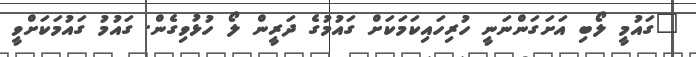
"ގައުމީ ލޯބި އަށަގަންނަނީ ހުރިހައިކަމަކަށް ގައުމުގެ ދަރީން ލޯ ހުޅުވިގެން. ގައުމު ގައުމަކަށްވީ